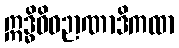
ဣဒ္ဓိဝိဓဉာဏာဒိကထာ